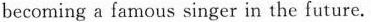
becoming a famous singer in the future.